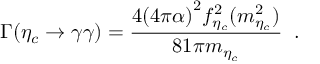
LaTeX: \Gamma ( \eta _ { c } \to \gamma \gamma ) = \frac { 4 { ( 4 \pi \alpha ) } ^ { 2 } f _ { \eta _ { c } } ^ { 2 } ( m _ { \eta _ { c } } ^ { 2 } ) } { 8 1 \pi m _ { \eta _ { c } } } \; \; .